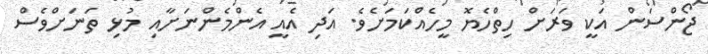
ޖޯންސަން އަކީ ވަރަށް ހިތްހެޔޮ މީހެއްކަމަށެވެ. އަދި އެއީ އެންމެންނަށާއި މުޅި ތަނަށްވެސް